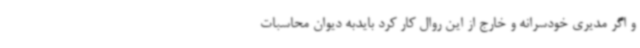
و اگر مدیری خودسرانه و خارج از این روال کار کرد بایدبه دیوان محاسبات